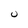
Character: U